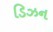
ડિઝન